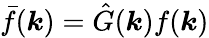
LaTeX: \bar{f}(\boldsymbol{k})=\hat{G}(\boldsymbol{k})f(\boldsymbol{k})